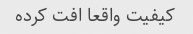
کیفیت واقعا افت کرده